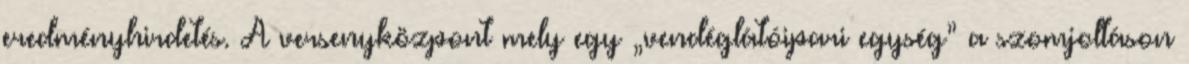
eredményhirdetés. A versenyközpont mely egy „vendéglátóipari egység” a szomjoltáson